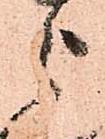
被